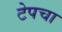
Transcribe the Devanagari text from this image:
टेपचा